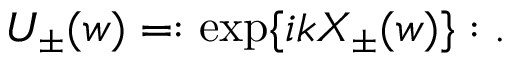
U _ { \pm } ( w ) = : \exp \{ i k X _ { \pm } ( w ) \} : .